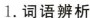
1.词语辨析